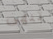
تنهى